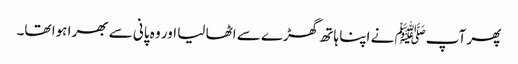
پھر آپﷺ نے اپنا ہاتھ گھڑے سے اٹھا لیا اور وہ پانی سے بھرا ہوا تھا۔